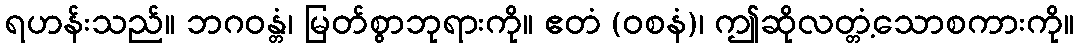
ရဟန်းသည်။ ဘဂဝန္တံ၊ မြတ်စွာဘုရားကို။ ဧတံ (ဝစနံ)၊ ဤဆိုလတ္တံ့သောစကားကို။